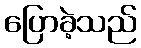
ပြောခဲ့သည်